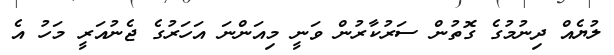
ލުޔެއް ދިނުމުގެ ގޮތުން ސަރުކާރުން ވަނީ މިއަންނަ އަހަރުގެ ޖެނުއަރީ މަހު އެ